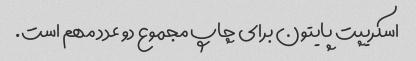
اسکریپت پایتون برای چاپ مجموع دو عدد مهم است.